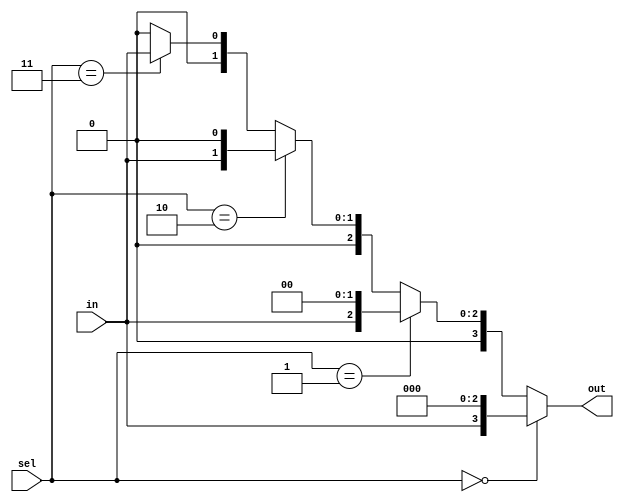
module demux1_4(in,sel,out);
input in;
input [1:0] sel;
output [3:0] out;


assign out = (sel == 2'b00) ? {in, 3'b000} :
             (sel == 2'b01) ? {3'b0, in, 2'b00} :
             (sel == 2'b10) ? {3'b00, in, 1'b0} :
             (sel == 2'b11) ? {3'b000, in} :
             4'b0000;
endmodule